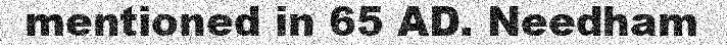
mentioned in 65 AD. Needham